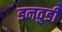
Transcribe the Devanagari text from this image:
डनवुडी